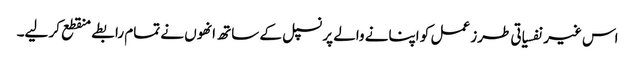
اس غیر نفسیاتی طرز عمل کو اپنانے والے پرنسپل کے ساتھ انھوں نے تمام رابطے منقطع کر لیے۔